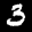
Label: 3